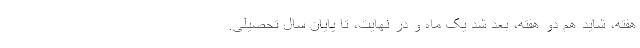
هفته، شاید هم دو هفته، بعد شد یک ماه و در نهایت، تا پایان سال تحصیلی.